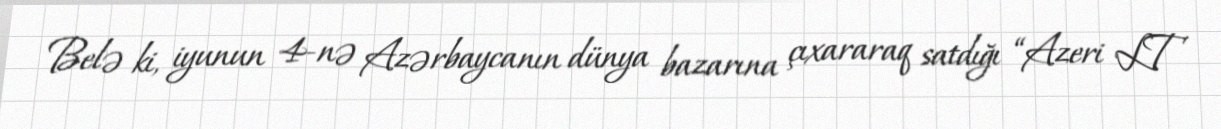
Belə ki, iyunun 4-nə Azərbaycanın dünya bazarına çıxararaq satdığı “Azeri LT